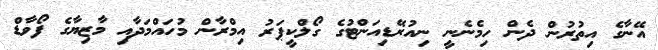
އޭނާގެ އިތުރުން ދެން ހިމެނެނީ ނިއުރޭޑިއަންޓުގެ ގޯލްކީޕަރު އިމްރާން މުހައްމަދާއި މާޒިޔާގެ ފޯވާޑް